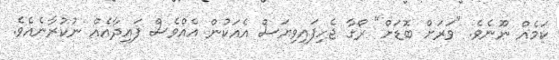
ކަމެއް ނޫނެވެ. "ވަރަށް ބޮޑަށް" ރޯގާ ޖެހިފައިވިޔަސް އެއަކުން އެއްވެސް ފައިދާއެއް ނުކުރާނެއެވެ.